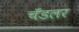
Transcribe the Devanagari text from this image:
चँडलर